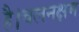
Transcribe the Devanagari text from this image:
है।चलनक्षम